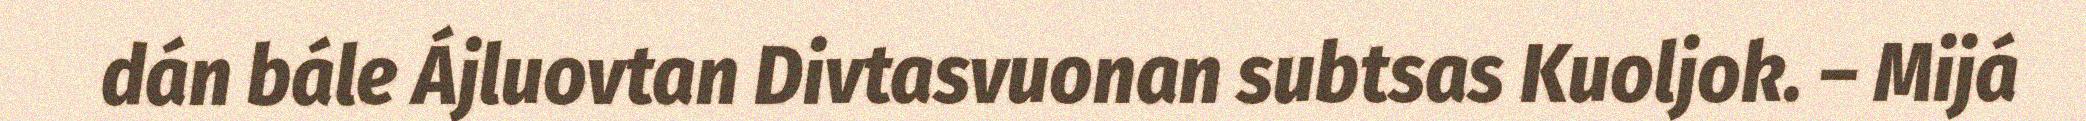
dán bále Ájluovtan Divtasvuonan subtsas Kuoljok. – Mijá